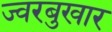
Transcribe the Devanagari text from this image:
ज्वरबुखार